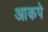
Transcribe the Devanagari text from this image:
आकपे